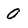
Character: O